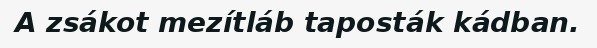
A zsákot mezítláb taposták kádban.